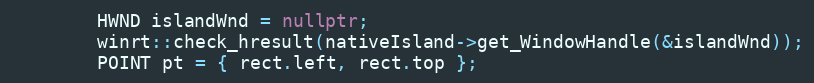
Language: C++
        HWND islandWnd = nullptr;
        winrt::check_hresult(nativeIsland->get_WindowHandle(&islandWnd));
        POINT pt = { rect.left, rect.top };